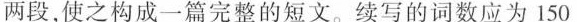
两段,使之构成一篇完整的短文.续写的词数应为 150